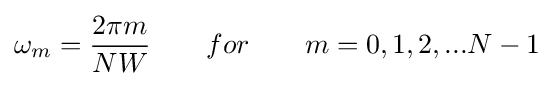
\omega _{m}={\frac {2\pi m}{NW}}\qquad for\qquad m=0,1,2,...N-1